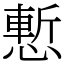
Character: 慙